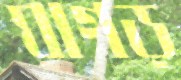
ঘাগড়